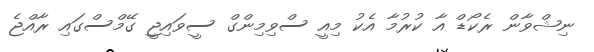
ނިޝްވާން ރެކޯޑް އާ ކުރުމާ އެކު މިއީ ސްވިމިންގް ސީވައިޖީ ގޭމްސްގައި ރާއްޖެ